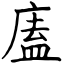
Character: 廅